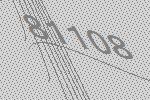
81108